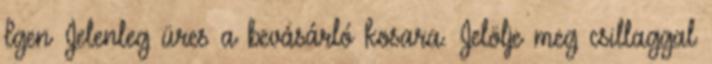
Igen Jelenleg üres a bevásárló kosara. Jelölje meg csillaggal